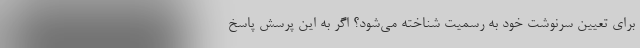
برای تعیین سرنوشت خود به رسمیت شناخته می‌شود؟ اگر به این پرسش پاسخ